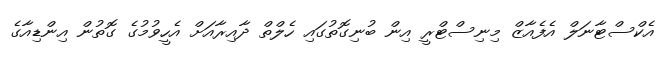
އެކްސްޓާނަލް އެފެއާޒް މިިނިސްޓްރީ އިން ބުނިގޮތުގައި ހެލްތް ދާއިރާއަށް އެހީވުމުގެ ގޮތުން އިންޑިއާގެ